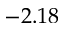
- 2 . 1 8